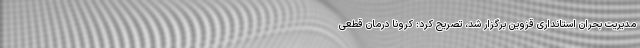
مدیریت بحران استانداری قزوین برگزار شد، تصریح کرد: کرونا درمان قطعی